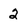
Character: 2